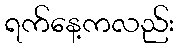
ရက်နေ့ကလည်း